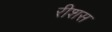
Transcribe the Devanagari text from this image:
रीशस